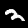
Label: 2